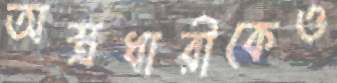
অস্ত্রধারীকেও